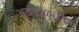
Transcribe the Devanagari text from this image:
अडखळतील